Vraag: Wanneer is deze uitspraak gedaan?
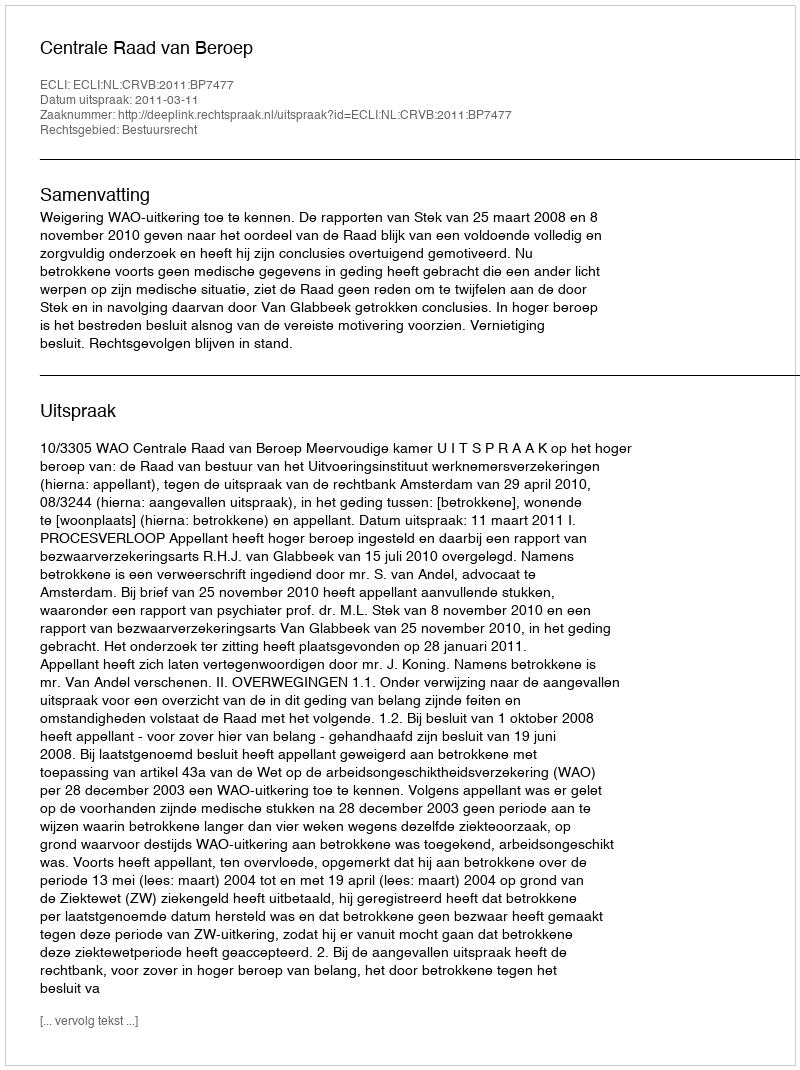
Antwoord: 2011-03-11